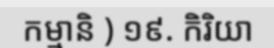
កម្មានិ ) ១៩. កិរិយា